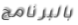
بالبرنامج